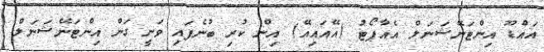
އައްޑޫ އިންޓަނޭޝަނަލް އެއާޕޯޓު (އޭއައިއޭ) އިން ކުރި ބުނެފައި ވަނީ ގަން އިންޓަނޭޝަނަލް